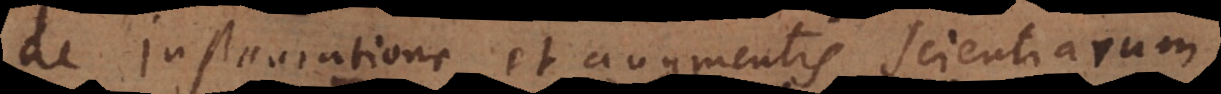
de instauratione et augmentis scientiarum